Report of the Indian Hemp Drugs Commission, 1894-1895 - Volume VII
Year: 1894
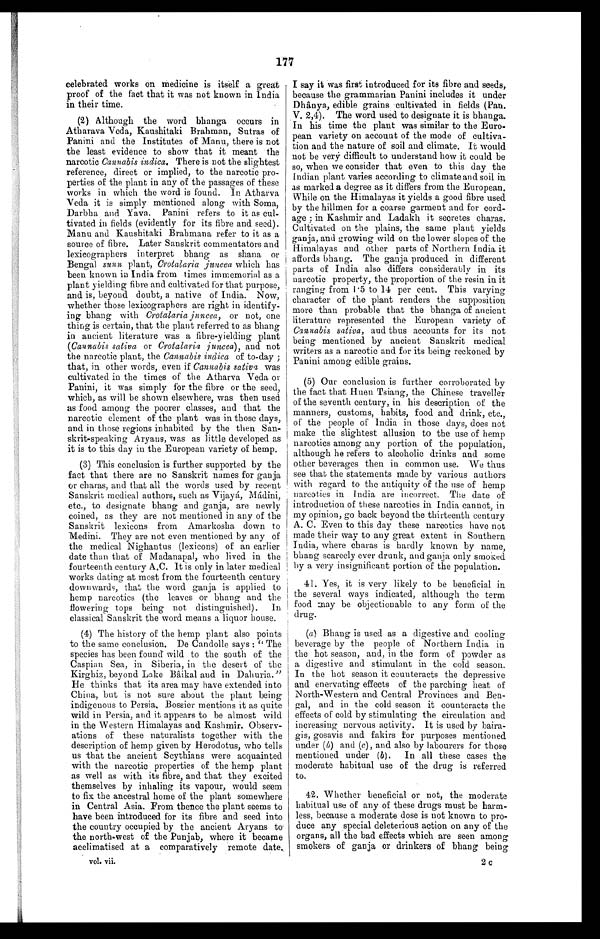
177
celebrated works on medicine is itself a great
proof of the fact that it was not known in India
in their time.
(2) Although the word bhanga occurs in
Atharava Veda, Kaushitaki Brahman, Sutras of
Panini and the Institutes of Manu, there is not
the least evidence to show that it meant the
narcotic Cannabis indica. There is not the slightest
reference, direct or implied, to the narcotic pro-
perties of the plant in any of the passages of these
works in which the word is found. In Atharva
Veda it is simply mentioned along with Soma,
Darbha and Yava. Panini refers to it as cul-
tivated in fields (evidently for its fibre and seed).
Manu and Kaushitaki Brahmana refer to it as a
source of fibre. Later Sanskrit commentators and
lexicographers interpret bhang as shana or
Bengal sunn plant, Crotalaria juncea which has
been known in India from times immemorial as a
plant yielding fibre and cultivated for that purpose,
and is, beyond doubt, a native of India. Now,
whether those lexicographers are right in identify-
ing bhang with Crotalaria juncea, or not, one
thing is certain, that the plant referred to as bhang
in ancient literature was a fibre-yielding plant
(Cannabis sativa or Crotalaria juncea), and not
the narcotic plant, the Cannabis indica of to-day ;
that, in other words, even if Cannabis sativa was
cultivated in the times of the Atharva Veda or
Panini, it was simply for the fibre or the seed,
which, as will be shown elsewhere, was then used
as food among the poorer classes, and that the
narcotic element of the plant was in those days,
and in those regions inhabited by the then San-
skrit-speaking Aryans, was as little developed as
it is to this day in the European variety of hemp.
(3) This conclusion is further supported by the
fact that there are no Sanskrit names for ganja
or charas, and that all the words used by recent
Sanskrit medical authors, such as Vijayá, Mádini,
etc., to designate bhang and ganja, are newly
coined, as they are not mentioned in any of the
Sanskrit lexicons from Amarkosha down to
Medini. They are not even mentioned by any of
the medical Nighantus (lexicons) of an earlier
date than that of Madanapal, who lived in the
fourteenth century A.C. It is only in later medical
works dating at most from the fourteenth century
downwards, that the word ganja is applied to
hemp narcotics (the leaves or bhang and the
flowering tops being not distinguished). In
classical Sanskrit the word means a liquor house.
(4) The history of the hemp plant also points
to the same conclusion. De Candolle says : " The
species has been found wild to the south of the
Caspian Sea, in Siberia, in the desert of the
Kirghiz, beyond Lake Bâikal and in Dahuria."
He thinks that its area may have extended into
China, but is not sure about the plant being
indigenous to Persia, Bossier mentions it as quite
wild in Persia, and it appears to he almost wild
in the Western Himalayas and Kashmir. Observ-
ations of these naturalists together with the
description of hemp given by Herodotus, who tells
us that the ancient Scythians were acquainted
with the narcotic properties of the hemp plant
as well as with its fibre, and that they excited
themselves by inhaling its vapour, would seem
to fix the ancestral home of the plant somewhere
in Central Asia. From thence the plant seems to
have been introduced for its fibre and seed into
the country occupied by the ancient Aryans to
the north-west of the Punjab, where it became
acclimatised at a comparatively remote date.
vol. vii.
I say it was first introduced for its fibre and seeds,
because the grammarian Panini includes it under
Dhânya, edible grains cultivated in fields (Pan.
V. 2,4). The word used to designate it is bhanga.
In his time the plant was similar to the Euro-
pean variety on account of the mode of cultiva-
tion and the nature of soil and climate. It would
not be very difficult to understand how it could be
so, when we consider that even to this day the
Indian plant varies according to climate and soil in
as marked a degree as it differs from the European.
While on the Himalayas it yields a good fibre used
by the hillmen for a coarse garment and for cord-
age ; in Kashmir and Ladakh it secretes charas.
Cultivated on the plains, the same plant yields
ganja, and growing wild on the lower slopes of the
Himalayas and other parts of Northern India it
affords bhang. The ganja produced in different
parts of India also differs considerably in its
narcotic property, the proportion of the resin in it
ranging from 1.5 to 14 per cent. This varying
character of the plant renders the supposition
more than probable that the bhanga of ancient
literature represented the European variety of
Cannabis sativa, and thus accounts for its not
being mentioned by ancient Sanskrit medical
writers as a narcotic and for its being reckoned by
Panini among edible grains.
(5) Our conclusion is further corroborated by
the fact that Hueu Tsiang, the Chinese traveller
of the seventh century, in his description of the
manners, customs, habits, food and drink, etc.,
of the people of India in those days, does not
make the slightest allusion to the use of hemp
narcotics among any portion of the population,
although he refers to alcoholic drinks and some
other beverages then in common use. We thus
see that the statements made by various authors
with regard to the antiquity of the use of hemp
narcotics in India are incorrect. The date of
introduction of these narcotics in India cannot, in
my opinion, go back beyond the thirteenth century
A. C. Even to this day these narcotics have not
made their way to any great extent in Southern
India, where charas is hardly known by name,
bhang scarcely ever drunk, and ganja only smoked
by a very insignificant portion of the population.
41. Yes, it is very likely to be beneficial in
the several ways indicated, although the term
food may be objectionable to any form of the
drug.
(a) Bhang is used as a digestive and cooling
beverage by the people of Northern India in
the hot season, and, in the form of powder as
a digestive and stimulant in the cold season.
In the hot season it counteracts the depressive
and enervating effects of the parching heat of
North-Western and Central Provinces and Ben-
gal, and in the cold season it counteracts the
effects of cold by stimulating the circulation and
increasing nervous activity. It is used by baira-
gis, gosavis and fakirs for purposes mentioned
under ( b) and (c), and also by labourers for those
mentioned under ( b ). In all these cases the
moderate habitual use of the drug is referred
to.
42. Whether beneficial or not, the moderate
habitual use of any of these drugs must be harm-
less, because a moderate dose is not known to pro-
duce any special deleterious action on any of the
organs, all the bad effects which are seen among
smokers of ganja or drinkers of bhang being
2 c